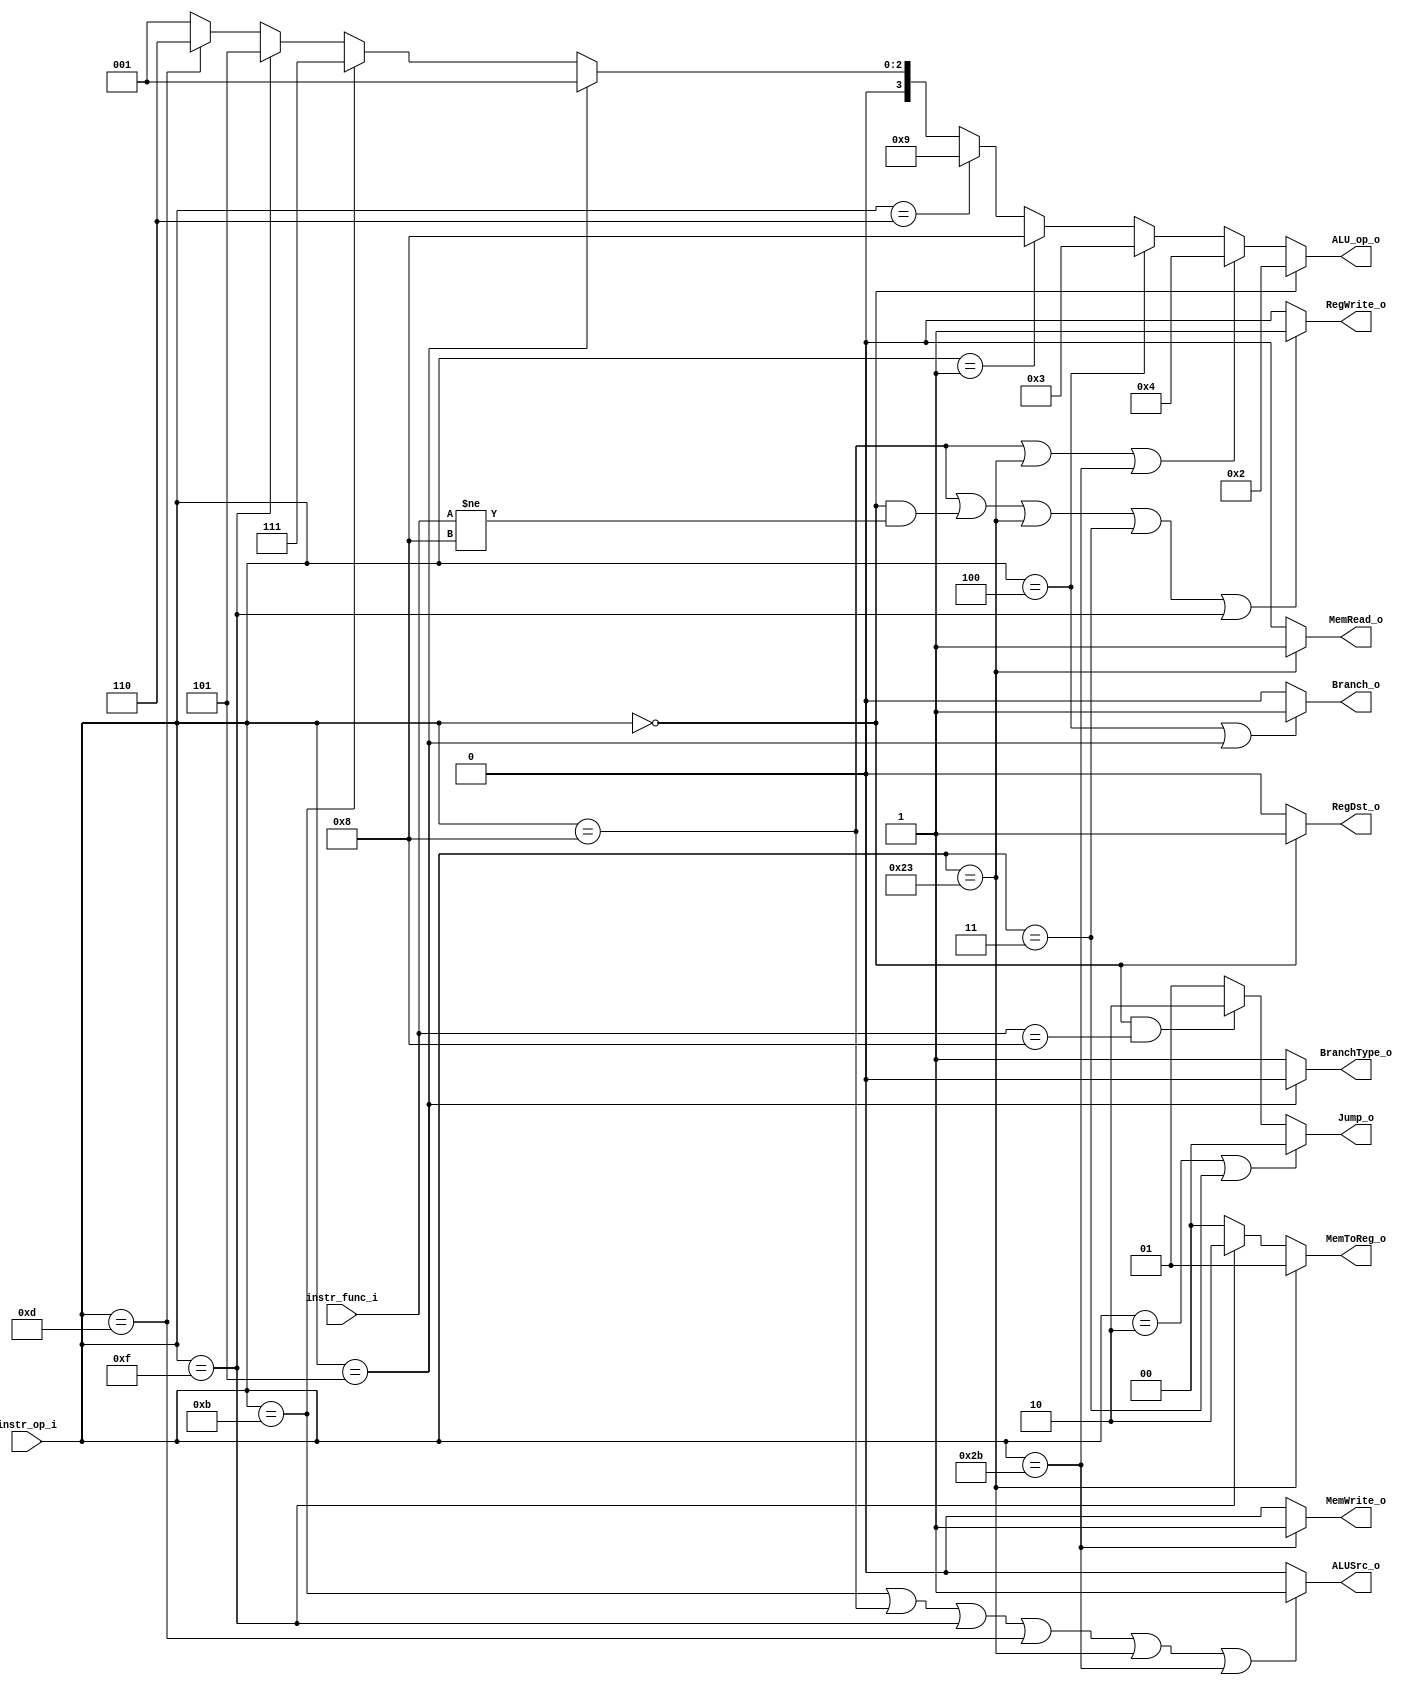
// 0613144  0613149 G

//Subject:     CO project 3 - Simple Single CPU
//--------------------------------------------------------------------------------
//Version:     1
//--------------------------------------------------------------------------------
//Writer:      0613144  0613149 G
//----------------------------------------------
//----------------------------------------------
//Description: 
//--------------------------------------------------------------------------------
module Control(
    instr_op_i,
    instr_func_i,
    Branch_o,
    MemToReg_o,
    BranchType_o,
    Jump_o,
    MemRead_o,
    MemWrite_o,
    ALU_op_o,
    ALUSrc_o,
	RegWrite_o,
	RegDst_o
	);
     
//I/O ports
input  [6-1:0] instr_op_i;
input  [6-1:0] instr_func_i;
output         Branch_o;
output [2-1:0] MemToReg_o;
output         BranchType_o;
output [2-1:0] Jump_o;
output         MemRead_o;
output         MemWrite_o;
output [4-1:0] ALU_op_o;
output         ALUSrc_o;
output         RegWrite_o;
output         RegDst_o;

 
//Internal Signals
wire    [2-1:0] Jump_o;
wire            MemRead_o;
wire            MemWrite_o;
wire    [2-1:0] MemToReg_o;
wire    [4-1:0] ALU_op_o;
wire            ALUSrc_o;
wire            RegWrite_o;
wire            RegDst_o;
wire            Branch_o;
wire            BranchType_o;

//Parameter
assign MemToReg_o = (instr_op_i == 6'b100011)? 2'b01:(instr_op_i == 6'b001111)? 2'b10:2'b00;
assign RegDst_o = (instr_op_i == 6'b000000)? 1'b1:1'b0;
assign RegWrite_o = ((instr_op_i == 6'b001000)||(instr_op_i == 6'b000000 && instr_func_i != 6'b001000)||(instr_op_i == 6'b100011)||(instr_op_i == 6'b000011)||(instr_op_i == 6'b001111))? 1'b1:1'b0;
//assign RegWrite_o = ((instr_op_i != 6'b000100&&instr_op_i != 6'b000101) || instr_op_i == 6'b100011)? 1'b1:1'b0;
assign Branch_o = (instr_op_i == 6'b000100 || instr_op_i == 6'b000101)? 1'b1:1'b0;
assign ALUSrc_o = (instr_op_i == 6'b001011||instr_op_i == 6'b001000||instr_op_i == 6'b001111||instr_op_i == 6'b001101||instr_op_i == 6'b100011||instr_op_i == 6'b101011)? 1'b1:1'b0;
assign MemWrite_o = (instr_op_i == 6'b101011)? 1'b1:1'b0;
assign MemRead_o = (instr_op_i == 6'b100011)? 1'b1:1'b0;
assign Jump_o = (instr_op_i == 6'b000010 || instr_op_i == 6'b000011)? 2'b00: (instr_op_i == 6'b000000 && instr_func_i == 6'b001000)? 2'b10 : 2'b01;
assign BranchType_o = (instr_op_i == 6'b000101)? 1'b0:1'b1;

// 0010 => R-type
// 0100 => addi
// 0011 => beq
// 0111 => slti
// 0101 => lui
// 0110 => ori
// 0001 => bne

assign ALU_op_o = (instr_op_i == 6'b000000)? 4'b0010: //addu subu slt sra srav or  and mul jr 
                  (instr_op_i == 6'b001000||instr_op_i == 6'b100011||instr_op_i == 6'b101011)? 4'b0100: //addi LW SW
                  (instr_op_i == 6'b000100)? 4'b0011: //beq
                  (instr_op_i == 6'b000001)? 4'b1000: //bltz
                  (instr_op_i == 6'b000110)? 4'b1001: //ble
                  (instr_op_i == 6'b000101)? 4'b0001: //bne bnez
                  (instr_op_i == 6'b001011)? 4'b0111: //sltiu 
                  (instr_op_i == 6'b001111)? 4'b0101: //LUI
                  (instr_op_i == 6'b001101)? 4'b0110:4'b0001; //ORI

//Main function
endmodule